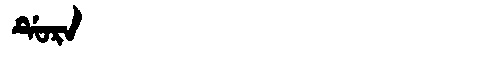
Manchu: ᡩᡠᡵᠠ
Romanization: DURA